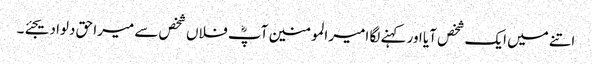
اتنے میں ایک شخص آیا اور کہنے لگا امیر المومنین آپؓ فلاں شخص سے میرا حق دلوا دیجئے۔